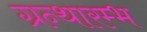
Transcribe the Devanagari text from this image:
ग्रन्थारम्भ